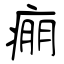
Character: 痭